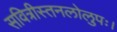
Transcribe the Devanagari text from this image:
सवित्रीस्तनलोलुपः।